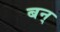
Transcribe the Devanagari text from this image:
बन्